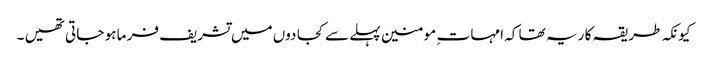
کیونکہ طر یقہ کا ر یہ تھا کہ امہا ت ِ مو منین پہلے سے کجا دوں میں تشریف فر ما ہو جا تی تھیں ۔